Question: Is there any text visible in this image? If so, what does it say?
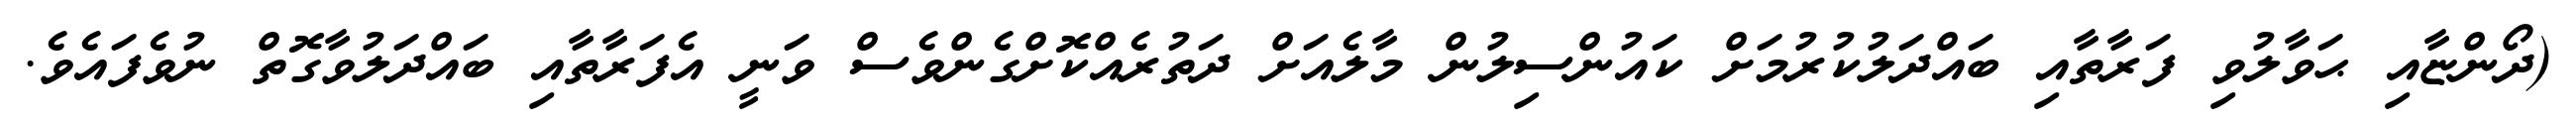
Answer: (ދޯންޏާއި ޙަވާލުވި ފަރާތާއި ބައްދަލުކުރުމަށް ކައުންސިލުން މާލެއަށް ދަތުރެއްކޮށްގެންވެސް ވަނީ އެފަރާތާއި ބައްދަލުވާގޮތް ނުވެފައެވެ.